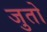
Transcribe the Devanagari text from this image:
जुतो